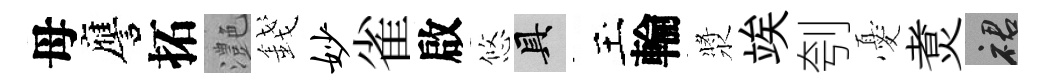
母譍拓灔錢妙雀啟悠具玉輪漿竢刳憂煑裙